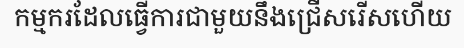
កម្មករដែលធ្វើការជាមួយនឹងជ្រើសរើសហើយ